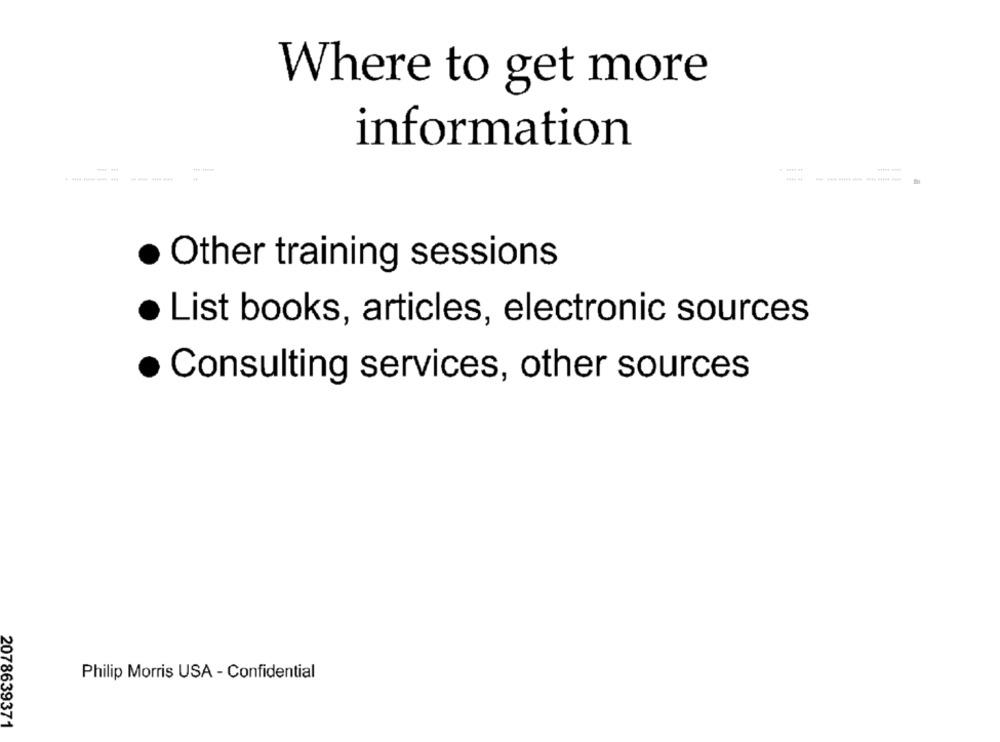
Where to get more
information
· Other training sessions
List books, articles, electronic sources
· Consulting services, other sources
Philip Morris USA - Confidential
2078639371